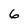
Character: 6